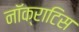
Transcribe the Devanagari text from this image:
नॉक्राटिस